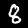
Digit: 8